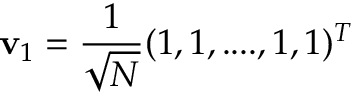
\mathbf { v } _ { 1 } = \frac { 1 } { \sqrt { N } } ( 1 , 1 , . . . . , 1 , 1 ) ^ { T }